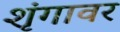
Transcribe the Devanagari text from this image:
शृंगावर